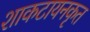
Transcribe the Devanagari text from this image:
शाकटायनकृत